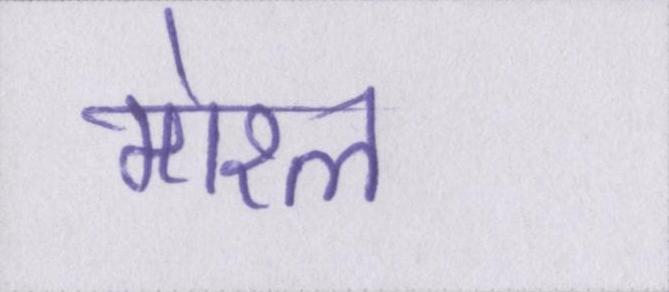
मोरल